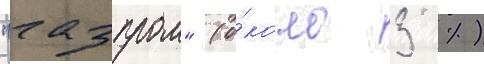
"газпром" (о́коло 3 %)